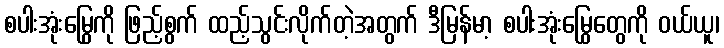
စပါးအုံးမြွေကို ဖြည့်စွက် ထည့်သွင်းလိုက်တဲ့အတွက် ဒီမြန်မာ့ စပါးအုံးမြွေတွေကို ဝယ်ယူ၊